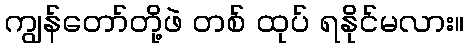
ကျွန်တော်တို့ဖဲ တစ် ထုပ် ရနိုင်မလား။